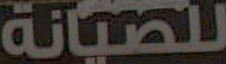
للصيانة